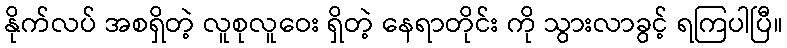
နိုက်လပ် အစရှိတဲ့ လူစုလူဝေး ရှိတဲ့ နေရာတိုင်း ကို သွားလာခွင့် ရကြပါပြီ။